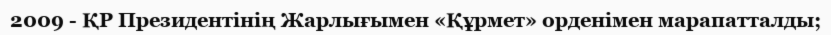
2009 - ҚР Президентінің Жарлығымен «Құрмет» орденімен марапатталды;